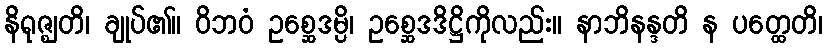
နိရုဇ္ဈတိ၊ ချုပ်၏။ ဝိဘဝံ ဥစ္ဆေဒမ္ပိ၊ ဥစ္ဆေဒဒိဋ္ဌိကိုလည်း။ နာဘိနန္ဒတိ န ပတ္ထေတိ၊